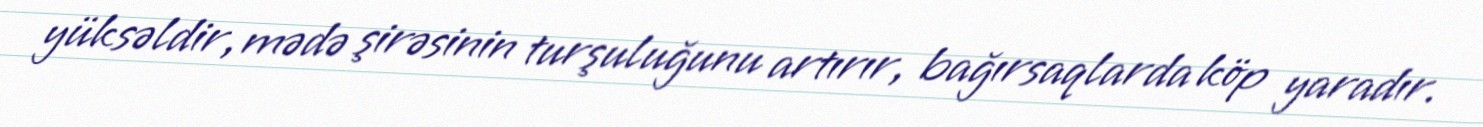
yüksəldir, mədə şirəsinin turşuluğunu artırır, bağırsaqlarda köp yaradır.